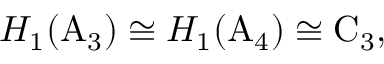
H _ { 1 } ( \mathrm { A } _ { 3 } ) \cong H _ { 1 } ( \mathrm { A } _ { 4 } ) \cong \mathrm { C } _ { 3 } ,